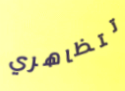
تتظاهري